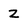
Character: Z